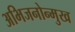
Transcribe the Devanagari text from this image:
अभिजनोन्मुख